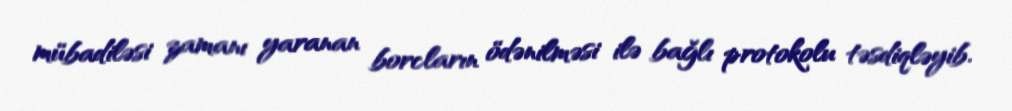
mübadiləsi zamanı yaranan borcların ödənilməsi ilə bağlı protokolu təsdiqləyib.